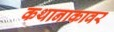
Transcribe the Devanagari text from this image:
कथानाकावर